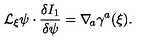
{ \cal L } _ { \xi } \psi \cdot { \frac { \delta I _ { 1 } } { \delta \psi } } = \nabla _ { \! a } \gamma ^ { a } ( \xi ) .